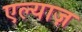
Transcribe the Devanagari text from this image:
एल्याज़